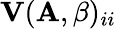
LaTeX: \mathbf{V}(\mathbf{A},\beta)_{ii}